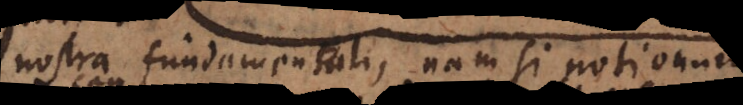
nostra fundamentali, nam si notionum